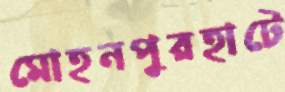
মোহনপুরহাটে